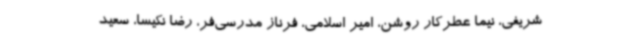
شریفی، نیما عطرکار روشن، امیر اسلامی، فرناز مدرسی‌فر، رضا نکیسا، سعید